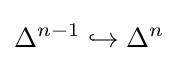
\Delta ^{n-1}\hookrightarrow \Delta ^{n}